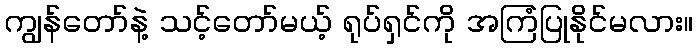
ကျွန်တော်နဲ့ သင့်တော်မယ့် ရုပ်ရှင်ကို အကြံပြုနိုင်မလား။